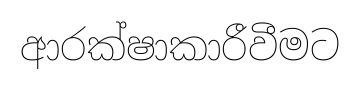
ආරක්ෂාකාරීවීමට